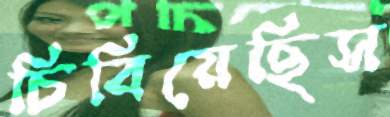
চিবিয়েছিস